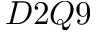
D 2 Q 9